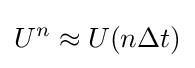
U^{n}\approx U(n\Delta t)